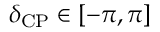
\delta _ { \mathrm { C P } } \in [ - \pi , \pi ]